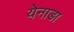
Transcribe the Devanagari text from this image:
येनाडा